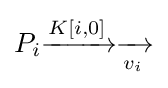
P_{i}{\xrightarrow[{}]{K[i,0]}}{\xrightarrow[{v_{i}}]{}}